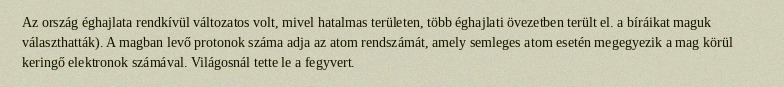
Az ország éghajlata rendkívül változatos volt, mivel hatalmas területen, több éghajlati övezetben terült el. a bíráikat maguk választhatták). A magban levő protonok száma adja az atom rendszámát, amely semleges atom esetén megegyezik a mag körül keringő elektronok számával. Világosnál tette le a fegyvert.